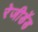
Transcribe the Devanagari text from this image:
रेजीडेंड